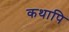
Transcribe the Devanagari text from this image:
कथापि